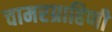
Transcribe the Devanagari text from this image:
चामरग्राहिणी